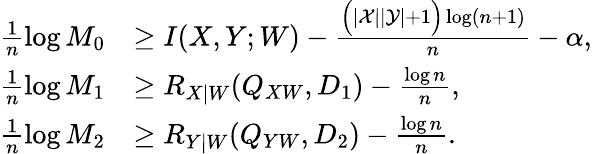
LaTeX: \begin{array}{rl}{\frac{1}{n}\log M_{0}}&{\geq I(X,Y;W)-\frac{\Big(|\mathcal{X}||\mathcal{Y}|+1\Big)\log(n+1)}{n}-\alpha,}\\ {\frac{1}{n}\log M_{1}}&{\geq R_{X|W}(Q_{XW},D_{1})-\frac{\log n}{n},}\\ {\frac{1}{n}\log M_{2}}&{\geq R_{Y|W}(Q_{YW},D_{2})-\frac{\log n}{n}.}\end{array}